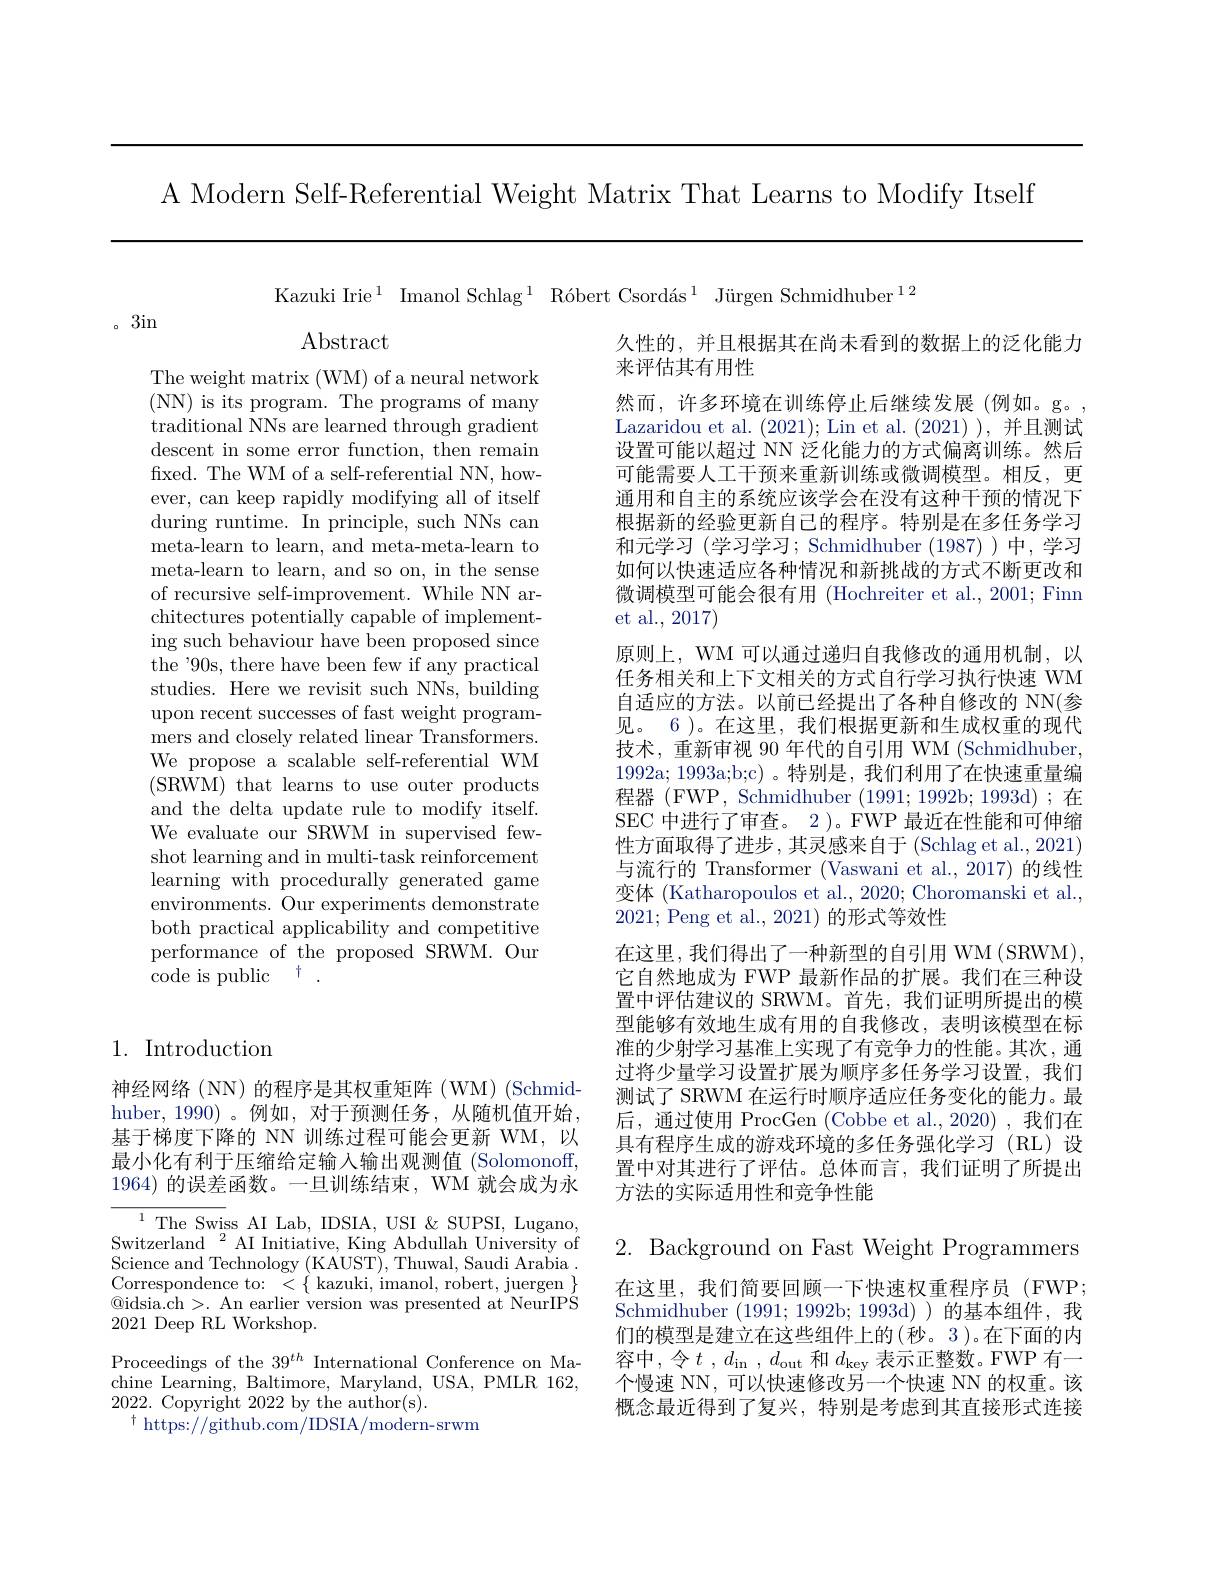
A Modern Self-Referential Weight Matrix That Learns to Modify Itself

。3in

Abstract

The weight matrix (WM) of a neural network ( NN) is its program. The programs of many traditional NNs are learned through gradient descent in some error function, then remain fixed. The WM of a self-referential NN, however, can keep rapidly modifying all of itself during runtime. In principle, such NNs can meta-learn to learn, and meta-meta-learn to meta-learn to learn, and so on, in the sense of recursive self-improvement. While NN architectures potentially capable of implementing such behaviour have been proposed since the'90s, there have been few if any practical studies. Here we revisit such NNs, building upon recent successes of fast weight programmers and closely related linear Transformers. We propose a scalable self-referential WM (SRWM) that learns to use outer products and the delta update rule to modify itself. We evaluate our SRWM in supervised fewshot learning and in multi-task reinforcement learning with procedurally generated game environments. Our experiments demonstrate both practical applicability and competitive performance of the proposed SRWM. Our code is public $^{+}.$

## 1. Introduction

神经网络(NN)的程序是其权重矩阵(WM)(Schmidhuber, 1990)。例如，对于预测任务，从随机值开始， 基于梯度下降的 NN 训练过程可能会更新 WM,以最小化有利于压缩给定输入输出观测值(Solomonoff, 1964)的误差函数。一旦训练结束，WM 就会成为永

${\overline{{^{1}}}}{\mathrm{The~Swiss~AI~Lab,~IDSIA,~USI~\&~SUPSI,~Lugano,}}$ Switzerland${}^2$AI Initiative, King Abdullah University of Science and Technology (KAUST),Thuwal,Saudi Arabia . $\begin{array}{cc}{\mathrm{Correspondence~to:~<~\{~kazuki,~imanol,~robert,~juergen~\}}}\\{\mathrm{Correspondence~to:~<~\{~kazuki,~imanol,~robert,~juergen~\}}}\end{array}$ $\textcircled{\mathrm{Qidsia.ch}}>.$ An earlier version was presented at NeurIPS 2021 Deep RL Workshop.

Proceedings of the 39$^th$ International Conference on Machine Learning, Baltimore, Maryland, USA, PMLR 162, 2022. Copyright 2022 by the author(s).
$^{\dagger}$ https://github.com/IDSIA/modern-srwm

Kazuki Irie$^1$ Imanol Schlag$^1\text{ R\'{o}bertCsord\'{a}s}^1$ Jürgen Schmidhuber$^12$
久性的，并且根据其在尚未看到的数据上的泛化能力
来评估其有用性
然而，许多环境在训练停止后继续发展(例如。g。, Lazaridou et al. (2021); Lin et al. (2021)),并且测试设置可能以超过 NN 泛化能力的方式偏离训练。然后可能需要人工干预来重新训练或微调模型。相反，更通用和自主的系统应该学会在没有这种干预的情况下根据新的经验更新自己的程序。特别是在多任务学习和元学习 (学习学习；Schmidhuber (1987))中，学习如何以快速适应各种情况和新挑战的方式不断更改和微调模型可能会很有用 (Hochreiter et al., 2001; Finn et al., 2017)
原则上，WM 可以通过递归自我修改的通用机制，以任务相关和上下文相关的方式自行学习执行快速 WM 自适应的方法。以前已经提出了各种自修改的 NN(参见。6 )。在这里，我们根据更新和生成权重的现代技术，重新审视 90 年代的自引用 WM (Schmidhuber, 1992a;1993a;b;c)。特别是，我们利用了在快速重量编程器 ( FWP, Schmidhuber ( 1991; 1992b; 1993d) ; 在 SEC 中进行了审查。2 )。FWP 最近在性能和可伸缩性方面取得了进步 , 其灵感来自于 (Schlag et al., 2021) 与流行的 Transformer (Vaswani et al., 2017) 的线性变体 (Katharopoulos et al., 2020; Choromanski et al., 2021; Peng et al., 2021) 的形式等效性
在这里，我们得出了一种新型的自引用 WM (SRWM), 它自然地成为 FWP 最新作品的扩展。我们在三种设置中评估建议的 SRWM。首先，我们证明所提出的模型能够有效地生成有用的自我修改，表明该模型在标准的少射学习基准上实现了有竞争力的性能。其次，通过将少量学习设置扩展为顺序多任务学习设置，我们测试了 SRWM 在运行时顺序适应任务变化的能力。最后，通过使用 ProcGen (Cobbe et al.,2020),我们在具有程序生成的游戏环境的多任务强化学习(RL)设置中对其进行了评估。总体而言，我们证明了所提出方法的实际适用性和竞争性能

2. Background on Fast Weight Programmers 在这里，我们简要回顾一下快速权重程序员(FWP; Schmidhuber (1991; 1992b; 1993d) )的基本组件，我们的模型是建立在这些组件上的(秒。3)。在下面的内容中，令$t$ , $d_\mathrm{in}$ , $d_\mathrm{out}$和$d_\mathrm{key}$表示正整数。FWP 有一个慢速 NN, 可以快速修改另一个快速 NN 的权重。该概念最近得到了复兴，特别是考虑到其直接形式连接